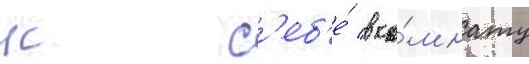
к с'еб'е́ в ко́мнату